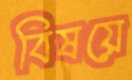
বিষয়ে